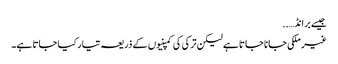
جیسے برانڈ… ..
غیر ملکی جانا جاتا ہے لیکن ترکی کی کمپنیوں کے ذریعہ تیار کیا جاتا ہے۔